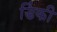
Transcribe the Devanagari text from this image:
डिंकी